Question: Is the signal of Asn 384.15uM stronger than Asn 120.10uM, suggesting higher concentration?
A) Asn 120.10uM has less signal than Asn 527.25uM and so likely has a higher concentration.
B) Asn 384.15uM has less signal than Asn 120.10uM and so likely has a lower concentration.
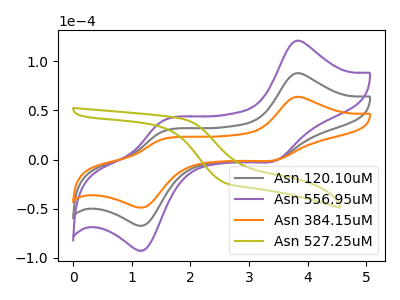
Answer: <think>The gray curve "Asn 120.10uM" has anodic peaks at (3.80V, 87.75uA) (1.50V, 28.20uA) and cathodic peaks at (3.45V, -0.95uA) (1.20V, -67.00uA). The purple curve "Asn 556.95uM" has anodic peaks at (3.80V, 175.55uA) (1.50V, 56.45uA) and cathodic peaks at (3.45V, -1.85uA) (1.20V, -134.00uA). The orange curve "Asn 384.15uM" has anodic peaks at (3.80V, 63.75uA) (1.50V, 20.50uA) and cathodic peaks at (3.45V, -0.70uA) (1.20V, -48.65uA). The olive curve "Asn 527.25uM" has no peaks.
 All the peaks in "Asn 384.15uM" have a peak in "Asn 120.10uM" at the same potential. Every peak in "Asn 384.15uM" is lower than every peak in "Asn 120.10uM".</think>
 <answer>B) "Asn 384.15uM" has less signal than "Asn 120.10uM" and so likely has a lower concentration.</answer>
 <eval>B</eval>